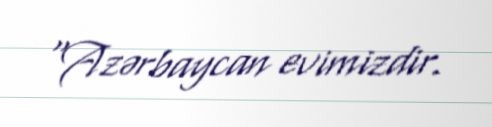
“Azərbaycan evimizdir.